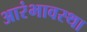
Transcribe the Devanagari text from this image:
आरंभावस्था